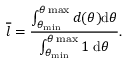
\overline { { l } } = \frac { \int _ { \theta _ { \operatorname* { m i n } } } ^ { \theta \operatorname* { m a x } } d ( \theta ) \mathrm { d } \theta } { \int _ { \theta _ { \operatorname* { m i n } } } ^ { \theta \operatorname* { m a x } } 1 \mathrm { ~ d } \theta } .